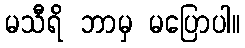
မသီရိ ဘာမှ မပြောပါ။